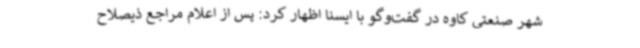
شهر صنعتی کاوه در گفت‌وگو با ایسنا اظهار کرد: پس از اعلام مراجع ذیصلاح